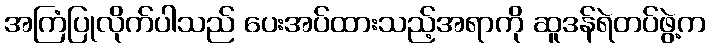
အကြံပြုလိုက်ပါသည် ပေးအပ်ထားသည့်အရာကို ဆူဒန်ရဲတပ်ဖွဲ့က